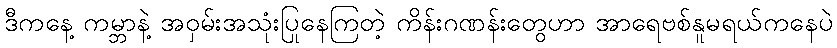
ဒီကနေ့ ကမ္ဘာနဲ့ အဝှမ်းအသုံးပြုနေကြတဲ့ ကိန်းဂဏန်းတွေဟာ အာရေဗစ်နူမရယ်ကနေပဲ